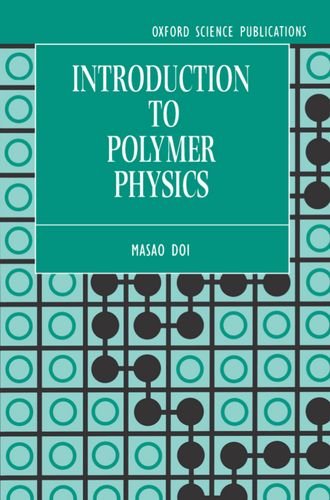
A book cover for Introduction to Polymer Physics; M. Doi; Science & Math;